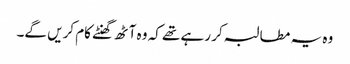
وہ یہ مطالبہ کر رہے تھے کہ وہ آٹھ گھنٹے کام کریں گے۔